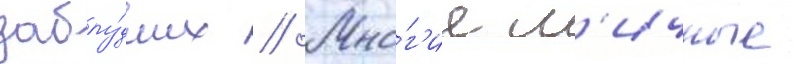
заблу́дших // Мно́г'ие л'ичные